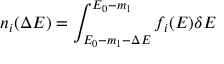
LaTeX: n _ { i } ( \Delta E ) = \int _ { E _ { 0 } - m _ { 1 } - \Delta E } ^ { E _ { 0 } - m _ { 1 } } f _ { i } ( E ) \delta E